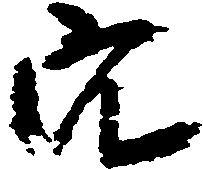
穴